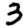
Digit: 3